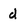
Character: d